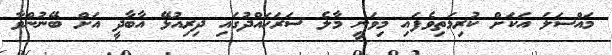
މައްސަލަ އަކަށް ކުރިމަތިވެފައި މިވަނީ މާލެ ސަރަހައްދުގައި ދިރިއުޅޭ އާބާދީ އަށް ބޭނުންވާ